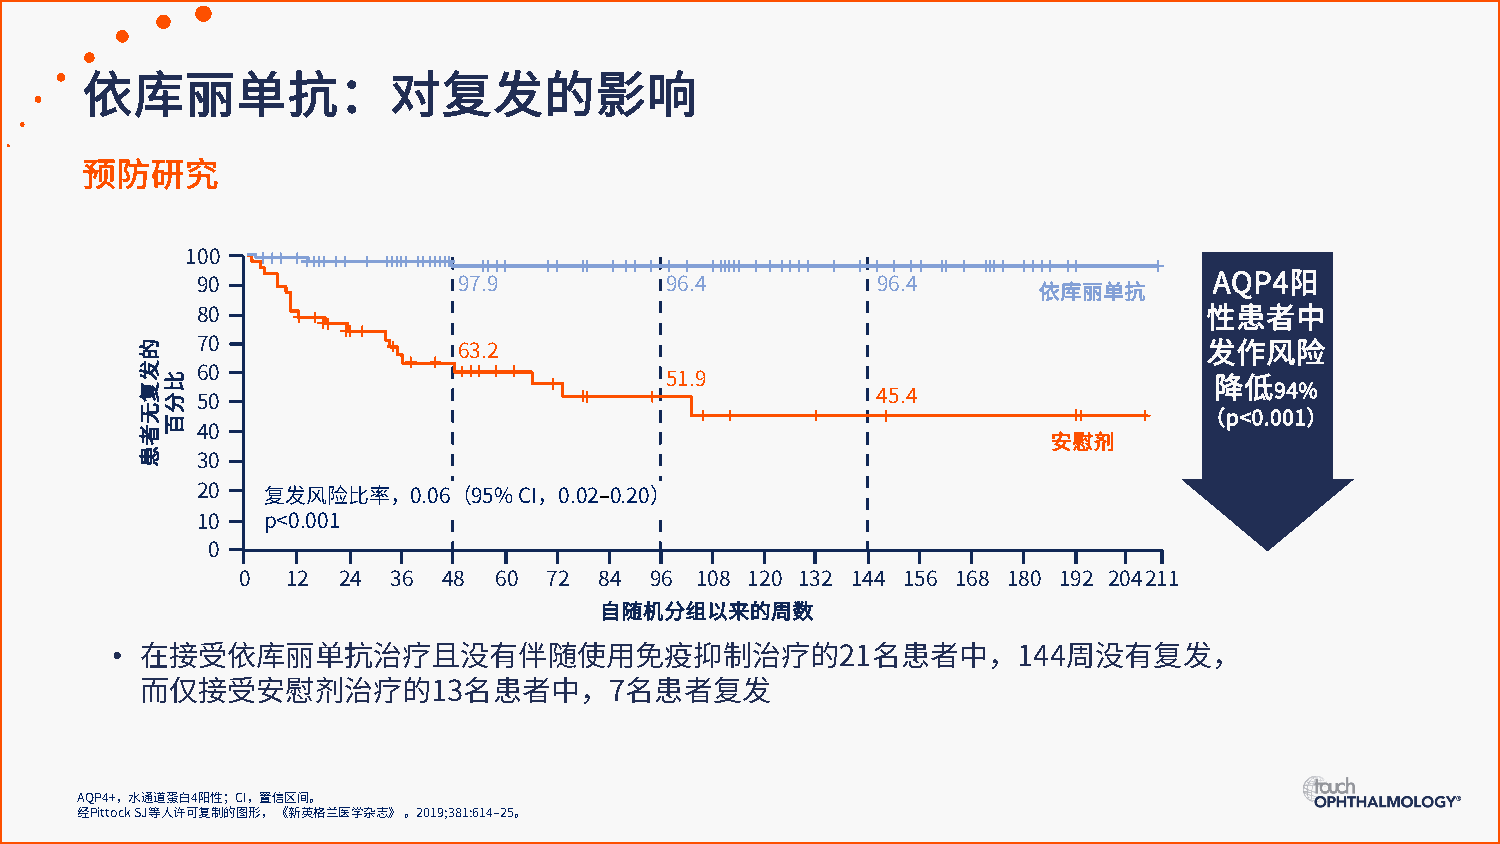
依库丽单抗：对复发的影响
 预防研究
 100
 90               97.9          96.4          96.4       依库丽单抗      AQP4阳
 80                                                                 性患者中
 70
 63.2                                              发作风险
 60
 51.9
 50                                           45.4                  降低94%
 （p<0.001）
 40
 安慰剂
 30
 20  复发风险比率，0.06（95%  CI，0.02–0.20）
 10  p<0.001
 0
 0  12 24  36 48  60 72  84 96 108 120 132 144 156 168 180 192 204211
 自随机分组以来的周数
 •
 在接受依库丽单抗治疗且没有伴随使用免疫抑制治疗的21名患者中，144周没有复发，
 而仅接受安慰剂治疗的13名患者中，7名患者复发
 AQP4+，水通道蛋白4阳性；CI，置信区间。
 经PittockSJ等人许可复制的图形，《新英格兰医学杂志》。2019;381:614–25。
 的发复无者患
 比分百